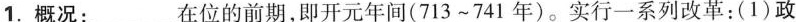
1.概况：___在位的前期，即开元年间(713~741年)。实行一系列改革：(1)政